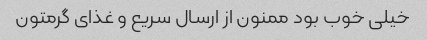
خیلی خوب بود ممنون از ارسال سریع و غذای گرمتون